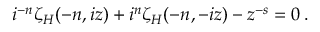
{ i } ^ { - n } \zeta _ { H } ( - n , i z ) + i ^ { n } \zeta _ { H } ( - n , - i z ) - z ^ { - s } = 0 \: .